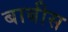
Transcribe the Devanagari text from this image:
बाबीस